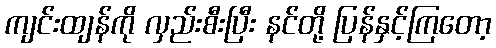
ကျင်းထျန်ကို လှည်းစီးပြီး နင်တို့ ပြန်နှင့်ကြတော့